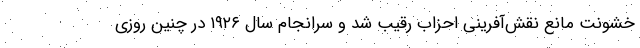
خشونت مانع نقش‌آفرینی احزاب رقیب شد و سرانجام سال ۱۹۲۶ در چنین روزی